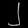
Digit: ၂